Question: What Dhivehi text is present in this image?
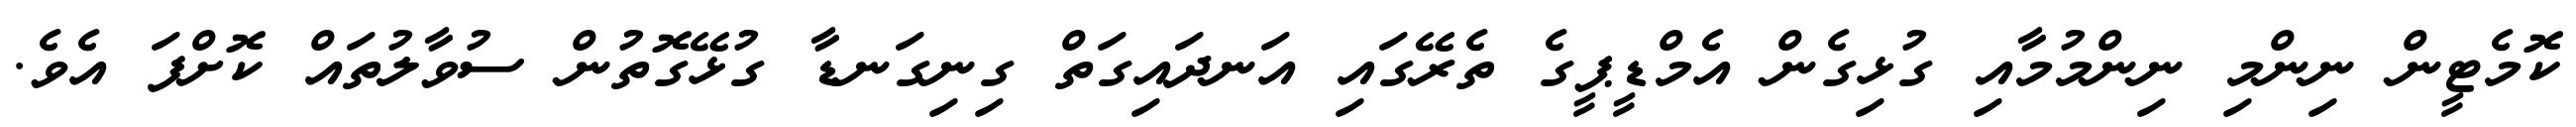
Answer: ކޮމެޓީން ނިންމި ނިންމުމާއި ގުޅިގެން އެމްޑީޕީގެ ތެރޭގައި އަނދައިގަތް ގިނިގަނޑާ ގުޅޭގޮތުން ސުވާލުތައް ކޮށްފަ އެވެ.